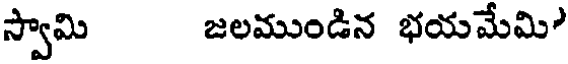
స్వామి జలముండిన భయమేమి